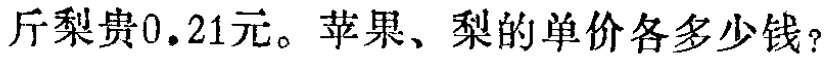
斤梨贵0.21元。苹果、梨的单价各多少钱？